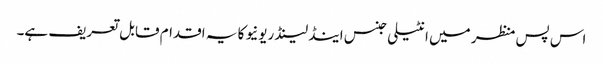
اس پس منظر میں انٹیلی جنس اینڈ لینڈ ریونیو کا یہ اقدام قابل تعریف ہے۔